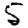
Digit: 5